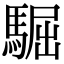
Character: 𩤓